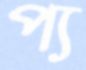
প্য